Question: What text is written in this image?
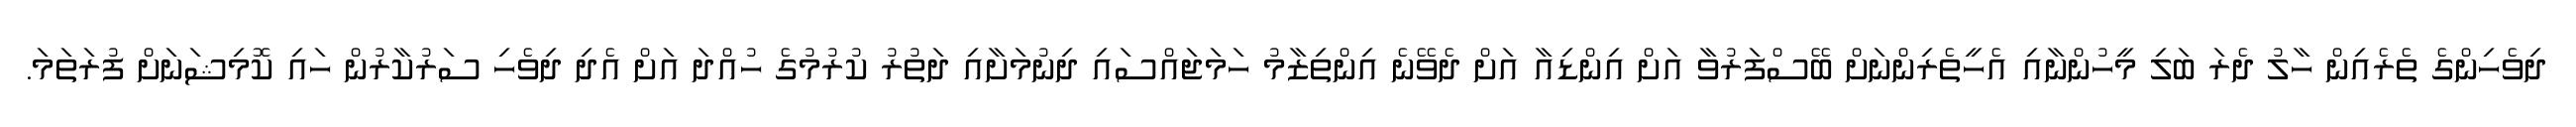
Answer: ދިވެހިންގެ ތެރެއިން ހާލު ދެރަ ބަލި މީހުންނާއި އެހީތެރިންނަށް ބޭސްފަރުވާ އަށް އިންޑިއާ އަށް ދެވޭނެ އިންތިޒާމު ހަމަޖައްސައި ދިނުމަށާއި ދަތުރު ކުރުމުގެ ހުއްދަ އަށް އެދި ދިވެހި ސަރުކާރުން ހައި ކޮމިޝަނަށް ފުރަތަމަ.